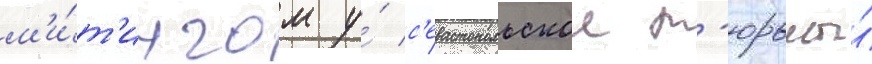
м'и́т'ингом у́ с'евастопольскои т'юрьмы́